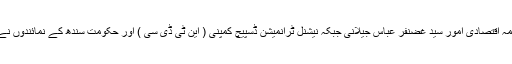
اس قرضے کے حوالے سے ہونے والے معاہدوں میں پاکستانی حکومت کی طرف سے سیکریٹری محکمہ اقتصادی امور سید غضنفر عباس جیلانی جبکہ نیشنل ٹرانمیشن ڈسپیچ کمپنی ( این ٹی ڈی سی ) اور حکومت سندھ کے نمائندوں نے بھی دستخط کیے جبکہ عالمی بینک کی طرف سے کنٹری ڈائریکٹر پاچھاموتھو الانگوون موجود تھے۔